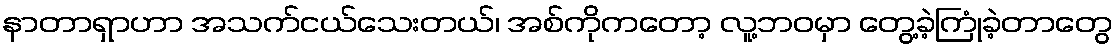
နာတာရှာဟာ အသက်ငယ်သေးတယ်၊ အစ်ကိုကတော့ လူ့ဘဝမှာ တွေ့ခဲ့ကြုံခဲ့တာတွေ